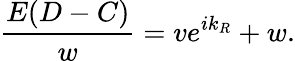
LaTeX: \frac{E(D-C)}{w}=ve^{ik_{R}}+w.